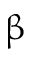
\upbeta